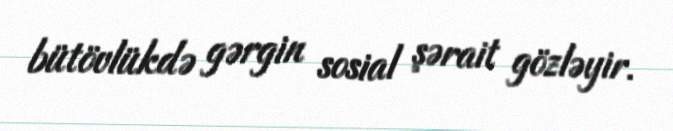
bütövlükdə gərgin sosial şərait gözləyir.